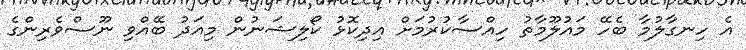
އެ ހިނގާލުމާ ބެހޭ މައުލޫމާތު ހިއްސާކުރުމަށް އިދިކޮޅު ކޯލިޝަނުން މިއަދު ބޭއްވި ނޫސްވެރިންގެ